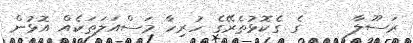
ރަސޫލާ     ގެ ގެކޮޅުތެރޭގެ ހުރިހާ މަސްއަލަތަކެއް އޮޅުން